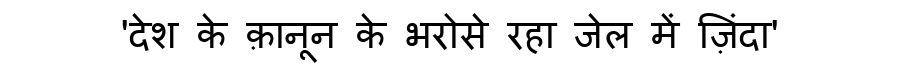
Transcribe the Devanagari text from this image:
'देश के क़ानून के भरोसे रहा जेल में ज़िंदा'